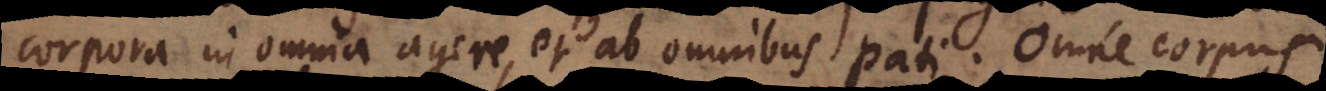
corpora in omnia agere, et ab omnibus pati. Omne corpus